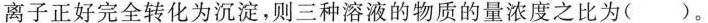
离子正好完全转化为沉淀，则三种溶液的物质的量浓度之比为( )。